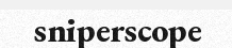
sniperscope